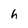
Character: h